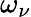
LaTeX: \omega_{\nu}